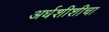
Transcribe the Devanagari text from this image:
अर्धशीशीचा